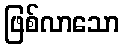
ဖြစ်လာသော